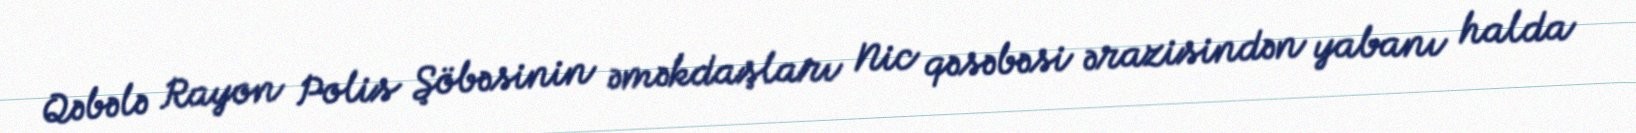
Qəbələ Rayon Polis Şöbəsinin əməkdaşları Nic qəsəbəsi ərazisindən yabanı halda